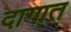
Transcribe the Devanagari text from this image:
दागात